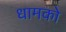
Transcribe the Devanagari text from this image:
धामको